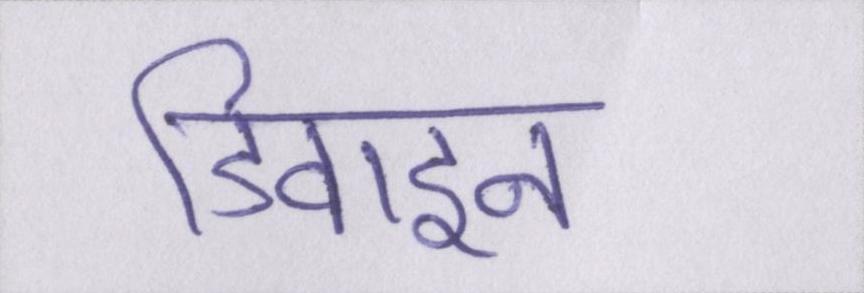
डिवाइन